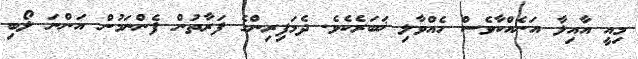
މިއީ އާއިލާ އަނެއްކާވެސް ހެއްވާލި ޚަބަރެކެވެ. ދެމަފިރިންގެ ފަރާތުން ފެންނަމުން އަންނަ ލޯބި